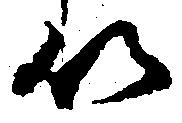
以